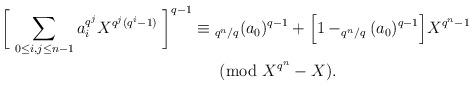
LaTeX: \begin{align*}\biggl[\;\sum_{0\le i,j\le n-1}a_i^{q^j} X^{q^j(q^i-1)}\;\biggr]^{q-1}\equiv\;&_{q^n/q}(a_0)^{q-1}+\Bigl[1-_{q^n/q}(a_0)^{q-1}\Bigr] X^{q^n-1}\cr&\kern-3mm\pmod{ X^{q^n}- X}.\end{align*}